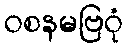
ဝစနမဗြဝုံ